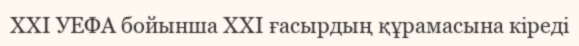
XXI УЕФА бойынша XXI ғасырдың құрамасына кіреді